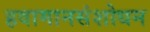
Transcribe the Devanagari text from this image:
हवामानसंशोधन